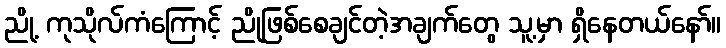
ညို့ ကုသိုလ်ကံကြောင့် ညိုဖြစ်စေချင်တဲ့အချက်တွေ သူ့မှာ ရှိနေတယ်နော်။